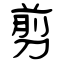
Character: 剪